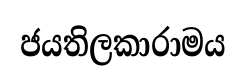
ජයතිලකාරාමය